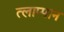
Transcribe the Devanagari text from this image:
त्लाप्पान